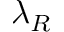
\lambda _ { R }